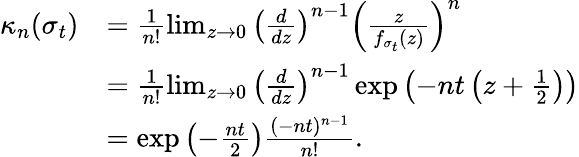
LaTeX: \begin{array}{rl}{\kappa_{n}(\sigma_{t})}&{=\frac{1}{n!}\operatorname*{lim}_{z\rightarrow 0}\left(\frac{d}{dz}\right)^{n-1}\left(\frac{z}{f_{\sigma_{t}}(z)}\right)^{n}}\\ &{=\frac{1}{n!}\operatorname*{lim}_{z\rightarrow 0}\left(\frac{d}{dz}\right)^{n-1}\exp\left(-nt\left(z+\frac{1}{2}\right)\right)}\\ &{=\exp\left(-\frac{nt}{2}\right)\frac{(-nt)^{n-1}}{n!}.}\end{array}